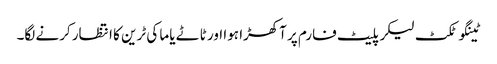
ٹینگو ٹکٹ لیکر پلیٹ فارم پر آکھڑا ہوا اور ٹاٹے یاما کی ٹرین کا انتظار کرنے لگا۔